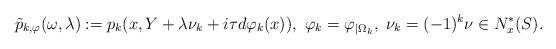
LaTeX: \begin{align*} \tilde{p}_{k,\varphi}(\omega,\lambda):=p_k (x,Y+\lambda \nu_k+i\tau d\varphi_k(x)), \ \varphi_k = \varphi_{|\Omega_k}, \ \nu_k = (-1)^k \nu \in N_x^*(S).\end{align*}